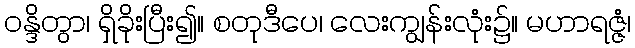
ဝန္ဒိတွာ၊ ရှိခိုးပြီး၍။ စတုဒီပေ၊ လေးကျွန်းလုံး၌။ မဟာရဇ္ဇံ၊